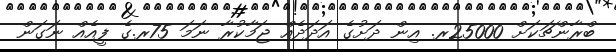
ބްރާންޗަކަށް 25000ރ. އިން ދަށުގެ އަދަދެއް ޖަމާކުރާ ނަމަ 75ރ.ގެ ފީއެއް ނަގަން